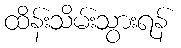
ထိန်းသိမ်းသွားရန်